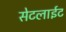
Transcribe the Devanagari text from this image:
सेटलाईट